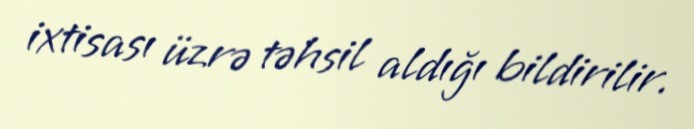
ixtisası üzrə təhsil aldığı bildirilir.